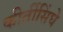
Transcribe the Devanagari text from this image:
कीर्तीसिंघे